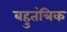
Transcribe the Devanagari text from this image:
बहुतंत्रिक